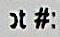
T#: